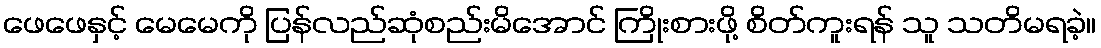
ဖေဖေနှင့် မေမေကို ပြန်လည်ဆုံစည်းမိအောင် ကြိုးစားဖို့ စိတ်ကူးရန် သူ သတိမရခဲ့။